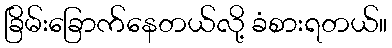
ခြိမ်းခြောက်နေတယ်လို့ ခံစားရတယ်။